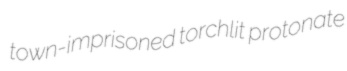
town-imprisoned torchlit protonate